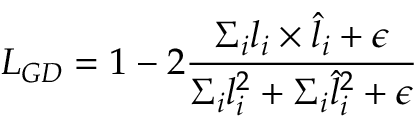
L _ { G D } = 1 - 2 \frac { \Sigma _ { i } l _ { i } \times \hat { l } _ { i } + \epsilon } { \Sigma _ { i } l _ { i } ^ { 2 } + \Sigma _ { i } \hat { l } _ { i } ^ { 2 } + \epsilon }